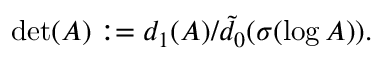
\operatorname * { d e t } ( A ) : = d _ { 1 } ( A ) / \tilde { d } _ { 0 } ( \sigma ( \log A ) ) .